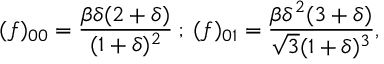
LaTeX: ( f ) _ { 0 0 } = \frac { \beta \delta ( 2 + \delta ) } { ( 1 + \delta ) ^ { 2 } } \: ; \: ( f ) _ { 0 1 } = \frac { \beta \delta ^ { 2 } ( 3 + \delta ) } { \sqrt { 3 } ( 1 + \delta ) ^ { 3 } } ,